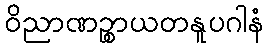
ဝိညာဏဉ္စာယတနူပဂါနံ